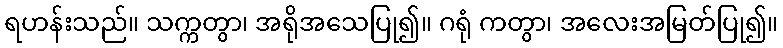
ရဟန်းသည်။ သက္ကတွာ၊ အရိုအသေပြု၍။ ဂရုံ ကတွာ၊ အလေးအမြတ်ပြု၍။